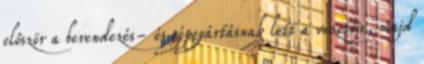
elôször a berendezés- és gépgyártásnak lett a vezetôje, majd